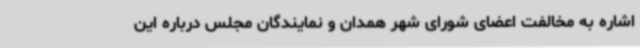
اشاره به مخالفت اعضای شورای شهر همدان و نمایندگان مجلس درباره این